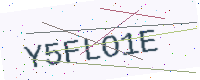
Text: Y5FLO1E